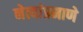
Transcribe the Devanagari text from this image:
नेत्यांप्रमाणे